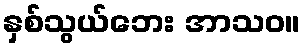
နှစ်သွယ်ဘေး အာသဝ။